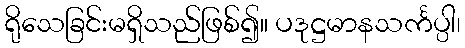
ရိုသေခြင်းမရှိသည်ဖြစ်၍။ ပဒုဋ္ဌမာနသင်္ကပ္ပါ၊